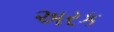
અરક